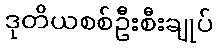
ဒုတိယစစ်ဦးစီးချုပ်